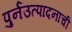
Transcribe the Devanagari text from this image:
पुर्नउत्पादनाची